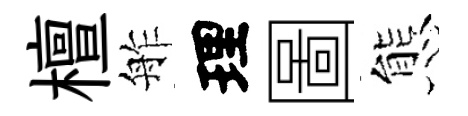
檀舴理圖態